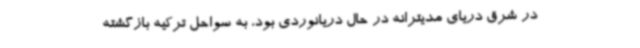
در شرق دریای مدیترانه در حال دریانوردی بود، به سواحل ترکیه بازگشته